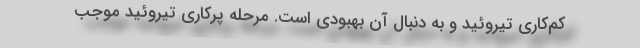
کم‌کاری تیروئید و به دنبال آن بهبودی است. مرحله پرکاری تیروئید موجب